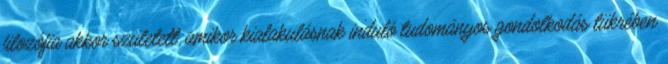
filozófia akkor született, amikor kialakulásnak induló tudományos gondolkodás tükrében